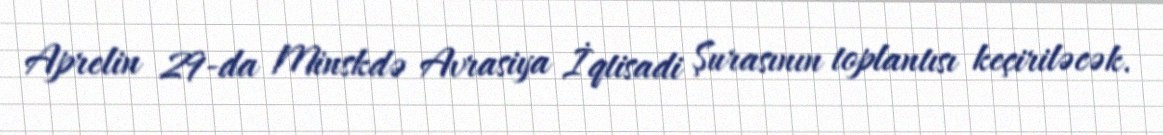
Aprelin 29-da Minskdə Avrasiya İqtisadi Şurasının toplantısı keçiriləcək.